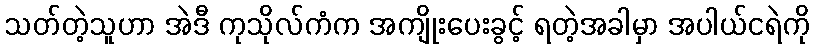
သတ်တဲ့သူဟာ အဲဒီ ကုသိုလ်ကံက အကျိုးပေးခွင့် ရတဲ့အခါမှာ အပါယ်ငရဲကို